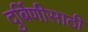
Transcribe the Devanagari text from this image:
दुर्बिणीसाठी